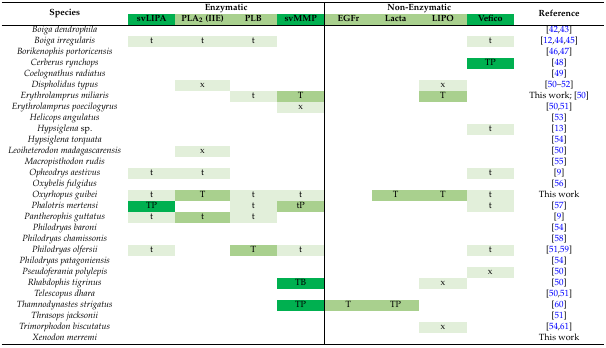
<table><thead><tr><td rowspan="2"><b>Species</b></td><td colspan="4"><b>Enzymatic</b></td><td colspan="4"><b>Non-Enzymatic</b></td><td rowspan="2"><b>Reference</b></td></tr><tr><td><b>svLIPA</b></td><td><b>PLA<sub>2</sub> (IIE)</b></td><td><b>PLB</b></td><td><b>svMMP</b></td><td><b>EGFr</b></td><td><b>Lacta</b></td><td><b>LIPO</b></td><td><b>Vefico</b></td></tr></thead><tbody><tr><td><i>Boiga dendrophila</i></td><td></td><td></td><td></td><td></td><td></td><td></td><td></td><td></td><td>[42,43]</td></tr><tr><td><i>Boiga irregularis</i></td><td>t</td><td>t</td><td>t</td><td></td><td></td><td></td><td></td><td>t</td><td>[12,44,45]</td></tr><tr><td><i>Borikenophis portoricensis</i></td><td></td><td></td><td></td><td></td><td></td><td></td><td></td><td></td><td>[46,47]</td></tr><tr><td><i>Cerberus rynchops</i></td><td></td><td></td><td></td><td></td><td></td><td></td><td></td><td>TP</td><td>[48]</td></tr><tr><td><i>Coelognathus radiatus</i></td><td></td><td></td><td></td><td></td><td></td><td></td><td></td><td></td><td>[49]</td></tr><tr><td><i>Dispholidus typus</i></td><td></td><td>x</td><td></td><td></td><td></td><td></td><td>x</td><td></td><td>[50,51,52]</td></tr><tr><td><i>Erythrolamprus miliaris</i></td><td></td><td></td><td>t</td><td>T</td><td></td><td></td><td>T</td><td></td><td>This work; [50]</td></tr><tr><td><i>Erythrolamprus poecilogyrus</i></td><td></td><td></td><td></td><td>x</td><td></td><td></td><td></td><td></td><td>[50,51]</td></tr><tr><td><i>Helicops angulatus</i></td><td></td><td></td><td></td><td></td><td></td><td></td><td></td><td></td><td>[53]</td></tr><tr><td><i>Hypsiglena</i> sp.</td><td></td><td></td><td></td><td></td><td></td><td></td><td></td><td>t</td><td>[13]</td></tr><tr><td><i>Hypsiglena torquata</i></td><td></td><td></td><td></td><td></td><td></td><td></td><td></td><td></td><td>[54]</td></tr><tr><td><i>Leoiheterodon madagascarensis</i></td><td></td><td>x</td><td></td><td></td><td></td><td></td><td></td><td></td><td>[50]</td></tr><tr><td><i>Macropisthodon rudis</i></td><td></td><td></td><td></td><td></td><td></td><td></td><td></td><td></td><td>[55]</td></tr><tr><td><i>Opheodrys aestivus</i></td><td>t</td><td>t</td><td></td><td></td><td></td><td></td><td></td><td>t</td><td>[9]</td></tr><tr><td><i>Oxybelis fulgidus</i></td><td></td><td></td><td></td><td></td><td></td><td></td><td></td><td></td><td>[56]</td></tr><tr><td><i>Oxyrhopus guibei</i></td><td>t</td><td>T</td><td>t</td><td>t</td><td></td><td>T</td><td>T</td><td>t</td><td>This work</td></tr><tr><td><i>Phalotris mertensi</i></td><td>TP</td><td></td><td>t</td><td>tP</td><td></td><td></td><td></td><td>t</td><td>[57]</td></tr><tr><td><i>Pantherophis guttatus</i></td><td>t</td><td>t</td><td>t</td><td></td><td></td><td></td><td></td><td></td><td>[9]</td></tr><tr><td><i>Philodryas baroni</i></td><td></td><td></td><td></td><td></td><td></td><td></td><td></td><td></td><td>[54]</td></tr><tr><td><i>Philodryas chamissonis</i></td><td></td><td></td><td></td><td></td><td></td><td></td><td></td><td></td><td>[58]</td></tr><tr><td><i>Philodryas olfersii</i></td><td>t</td><td></td><td>T</td><td>t</td><td></td><td></td><td></td><td>t</td><td>[51,59]</td></tr><tr><td><i>Philodryas patagoniensis</i></td><td></td><td></td><td></td><td></td><td></td><td></td><td></td><td></td><td>[54]</td></tr><tr><td><i>Pseudoferania polylepis</i></td><td></td><td></td><td></td><td></td><td></td><td></td><td></td><td>x</td><td>[50]</td></tr><tr><td><i>Rhabdophis tigrinus</i></td><td></td><td></td><td></td><td>TB</td><td></td><td></td><td>x</td><td></td><td>[50]</td></tr><tr><td><i>Telescopus dhara</i></td><td></td><td></td><td></td><td></td><td></td><td></td><td></td><td></td><td>[50,51]</td></tr><tr><td><i>Thamnodynastes strigatus</i></td><td></td><td></td><td></td><td>TP</td><td>T</td><td>TP</td><td></td><td></td><td>[60]</td></tr><tr><td><i>Thrasops jacksonii</i></td><td></td><td></td><td></td><td></td><td></td><td></td><td></td><td></td><td>[51]</td></tr><tr><td><i>Trimorphodon biscutatus</i></td><td></td><td></td><td></td><td></td><td></td><td></td><td>x</td><td></td><td>[54,61]</td></tr><tr><td><i>Xenodon merremi</i></td><td></td><td></td><td></td><td></td><td></td><td></td><td></td><td></td><td>This work</td></tr></tbody></table>